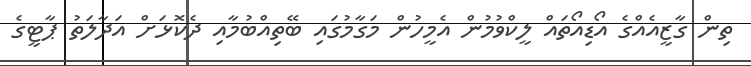
ތިން ގާޒީއެއްގެ އޯޑިއޯތައް ލީކްވުމުން އެމީހުން މަގާމުގައި ބޭތިއްބުމާއި ދެކޮޅަށް އަދާލަތު ޕާޓީގެ